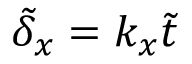
\tilde { \delta } _ { x } = k _ { x } \tilde { t }